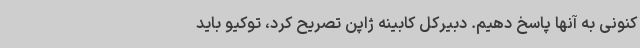
کنونی به آنها پاسخ دهیم. دبیرکل کابینه ژاپن تصریح کرد، توکیو باید